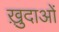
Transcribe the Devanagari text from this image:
ख़़ुदाओं